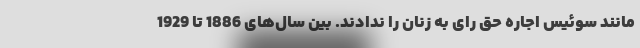
مانند سوئیس اجاره حق رای به زنان را ندادند. بین سال‌های 1886 تا 1929